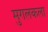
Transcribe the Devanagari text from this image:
मुगलकला